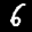
Label: 6